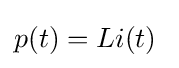
p(t)=Li(t)\